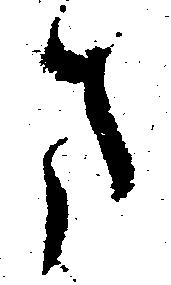
ま